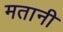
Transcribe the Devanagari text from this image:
मतानी